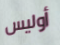
أوليس